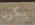
يكون